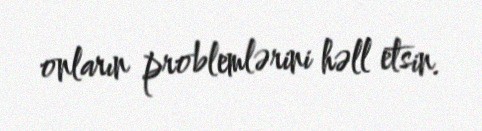
onların problemlərini həll etsin.